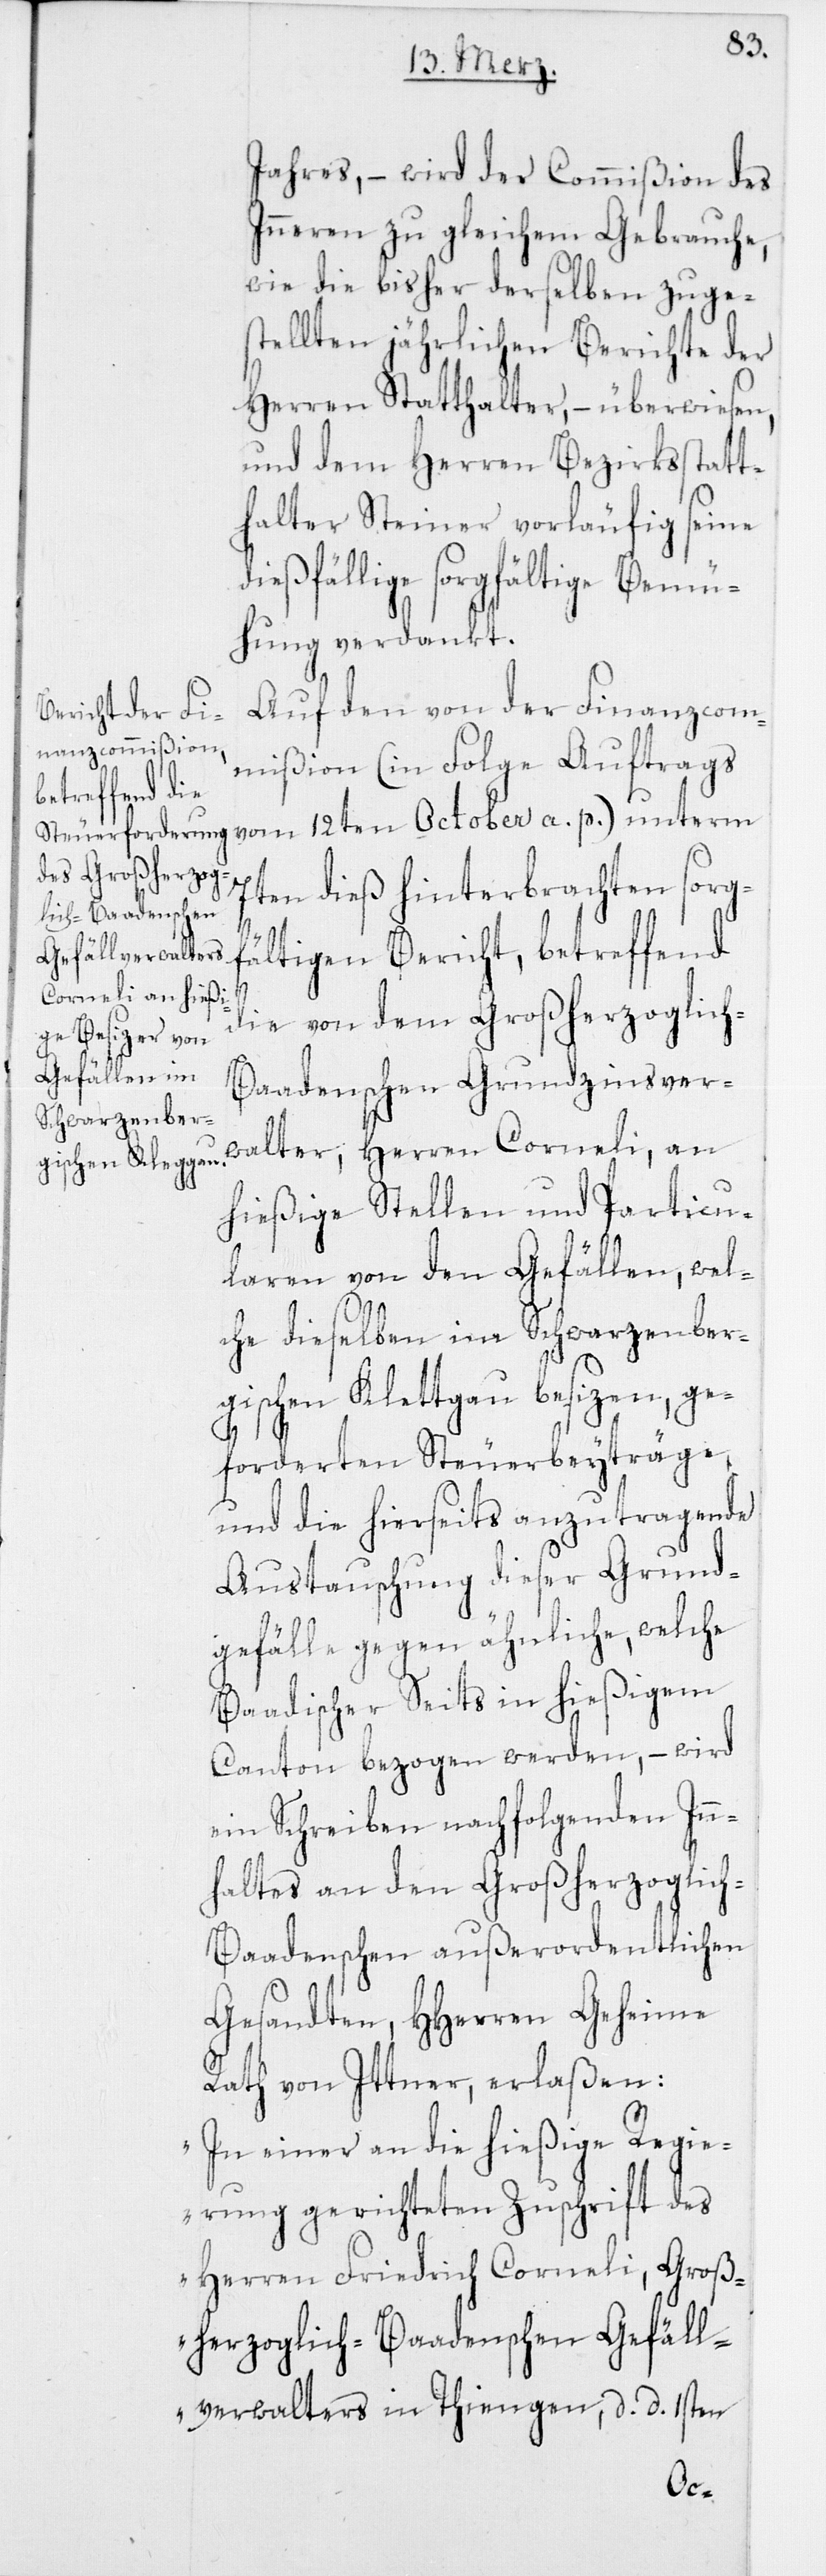
Jahres, – wird der Commißion des
Inneren zu gleichem Gebrauche,
wie die bisher derselben zuge¬
stellten jährlichen Berichte der
Herren Statthalter, – überwiesen,
und dem Herren Bezirksstatt¬
halter Steiner vorläufig seine
ießfällige sorgfältige Bemü¬
hung verdankt.
Auf den von der Finanzcom¬
mißion (in Folge Auftrags
vom 12ten October a. p.) unterm
en dieß hinterbrachten sorgf¬
ältigen Bericht, betreffend
die von dem Großherzoglich-B¬
aadenschen Grundzinsver¬
walter, Herren Corneli, an
hießige Stellen und Particu¬
laren von den Gefällen, wel¬
che dieselben im Schwarzenber¬
gischen Klettgau besizen, ge¬
forderten Steuerbeyträge,
und die hierseits anzutragende
Austauschung dieser Grund¬
gefälle gegen ähnliche, welche
Baadischer Seits in hießigem
Canton bezogen werden, – wird
ein Schreiben nachfolgenden Inn¬
halts an den Großherzoglic¬
h-Baadenschen außerordentlichen
Gesandten, HHerren Geheime
Rathh von Ittner, erlaßen:
„In einer an die hießige Regie¬
rung gerichteten Zuschrift des
Herren Friedrich Corneli, Groß¬
herzoglich-Baadenschen Gefäll¬
verwalters in Thiengen, d. d. 1sten
7t¬